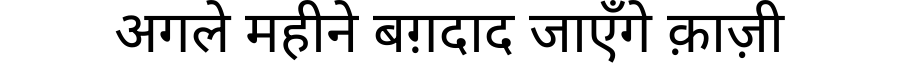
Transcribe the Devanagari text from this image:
अगले महीने बग़दाद जाएँगे क़ाज़ी